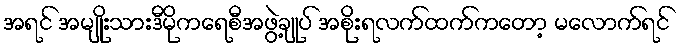
အရင် အမျိုးသားဒီမိုကရေစီအဖွဲ့ချုပ် အစိုးရလက်ထက်ကတော့ မလောက်ရင်